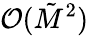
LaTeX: \mathcal{O}(\tilde{M}^{2})